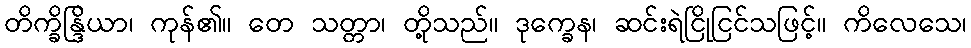
တိက္ခိန္ဒြိယာ၊ ကုန်၏။ တေ သတ္တာ၊ တို့သည်။ ဒုက္ခေန၊ ဆင်းရဲငြိုငြင်သဖြင့်။ ကိလေသေ၊